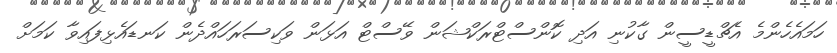
ހަމައެހެންމެ އެޗްޑީސީން ގާކުނި އަދި ކޮންސްޓްރަކްޝަން ވޭސްޓް އަޅަން ވަކިސަރަހައްދެން ކަނޑައެޅިފައިވާ ކަމަށް